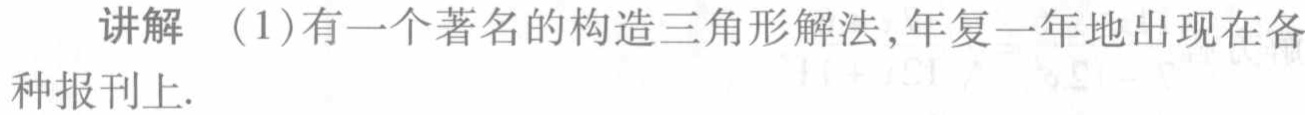
讲解 （1）有一个著名的构造三角形解法,年复一年地出现在各种报刊上.